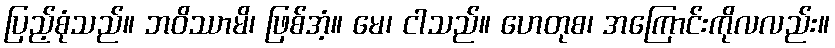
ပြည့်စုံသည်။ ဘဝိဿာမိ၊ ဖြစ်အံ့။ မေ၊ ငါသည်။ ဟေတုစ၊ အကြောင်းကိုလလည်း။